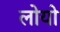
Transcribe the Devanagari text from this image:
लोयो